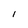
Character: i